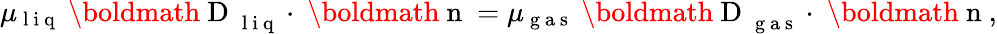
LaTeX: \mu_{\mathrm{~l~i~q~}}\mathrm{~\boldmath~D~}_{\mathrm{~l~i~q~}}\cdot\mathrm{~\boldmath~n~}=\mu_{\mathrm{~g~a~s~}}\mathrm{~\boldmath~D~}_{\mathrm{~g~a~s~}}\cdot\mathrm{~\boldmath~n~},